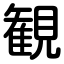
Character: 観